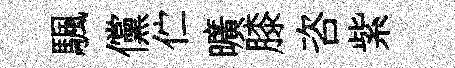
颿儻伫曠膝咨紫